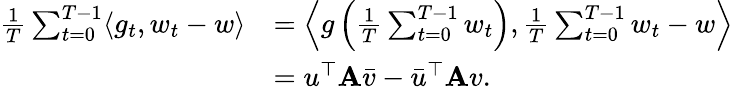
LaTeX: \begin{array}{rl}{\frac{1}{T}\sum_{t=0}^{T-1}\langle g_{t},w_{t}-w\rangle}&{=\left\langle g\left(\frac{1}{T}\sum_{t=0}^{T-1}w_{t}\right),\frac{1}{T}\sum_{t=0}^{T-1}w_{t}-w\right\rangle}\\ &{=u^{\top}\mathbf{A}\bar{v}-\bar{u}^{\top}\mathbf{A}v.}\end{array}